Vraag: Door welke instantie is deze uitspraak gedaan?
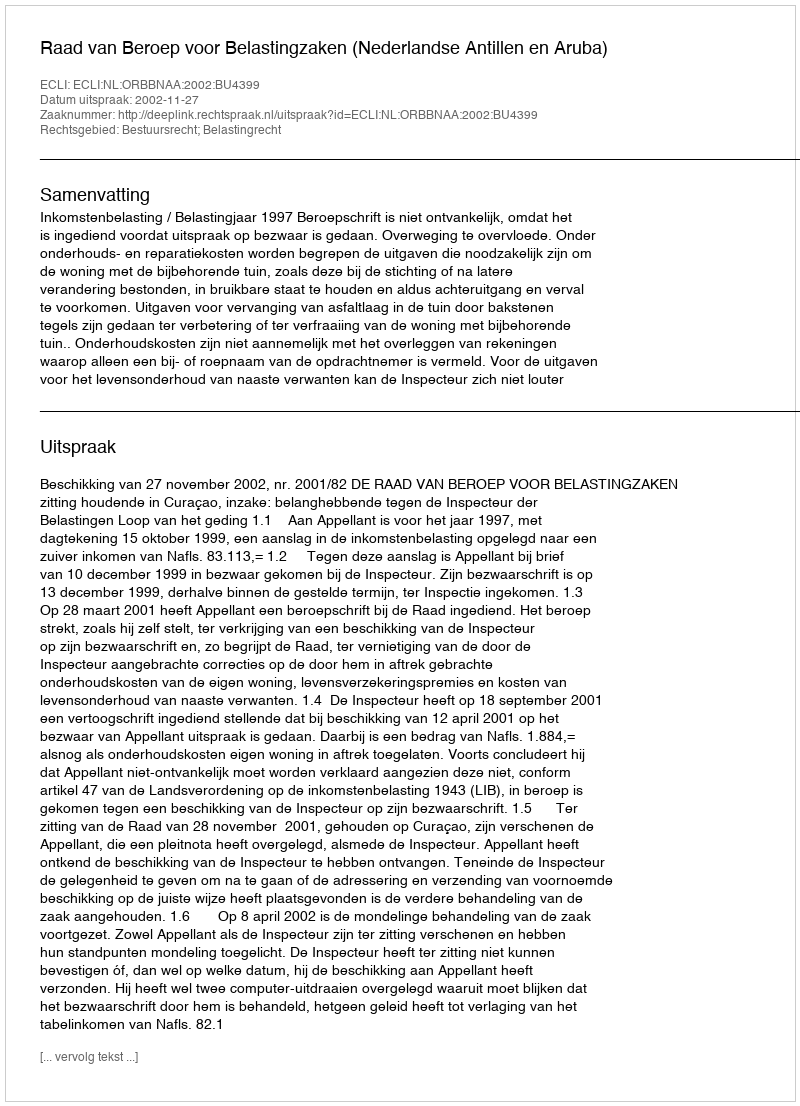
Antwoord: Raad van Beroep voor Belastingzaken (Nederlandse Antillen en Aruba)